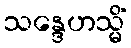
သန္ဒေဟသ္မိံ